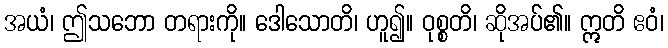
အယံ၊ ဤသဘော တရားကို။ ဒေါသောတိ၊ ဟူ၍။ ဝုစ္စတိ၊ ဆိုအပ်၏။ ဣတိ ဧဝံ၊